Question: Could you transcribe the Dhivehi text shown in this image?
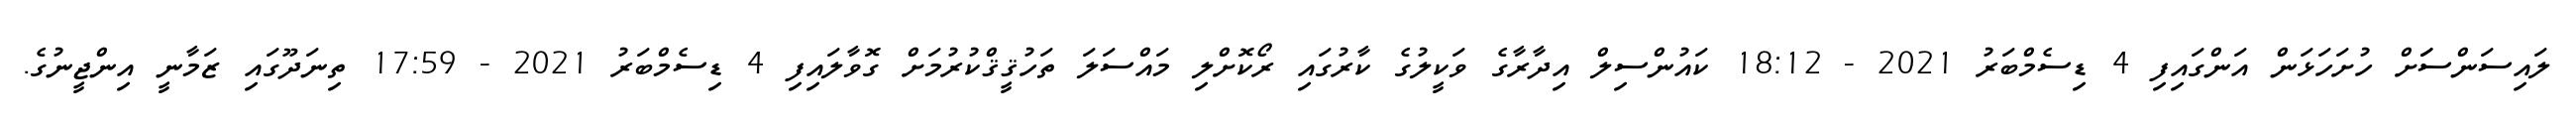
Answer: ލައިސަންސަަށް ހުށަހަޅަން އަންގައިފި 4 ޑިސެމްބަރު 2021 - 18:12 ކައުންސިލް އިދާރާގެ ވަކީލުގެ ކާރުގައި ރޯކޮށްލި މައްސަލަ ތަހުޤީޤްކުރުމަށް ގޮވާލައިފި 4 ޑިސެމްބަރު 2021 - 17:59 ތިނަދޫގައި ޒަމާނީ އިންޖީނުގެ.